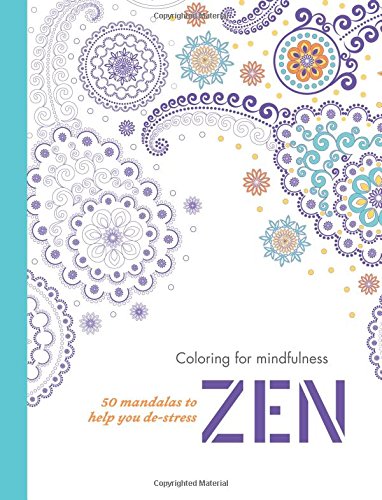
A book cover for Zen: 50 mandalas to help you de-stress (Coloring for mindfulness); Hamlyn; Humor & Entertainment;